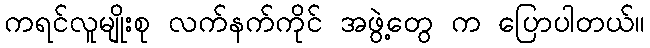
ကရင်လူမျိုးစု လက်နက်ကိုင် အဖွဲ့တွေ က ပြောပါတယ်။